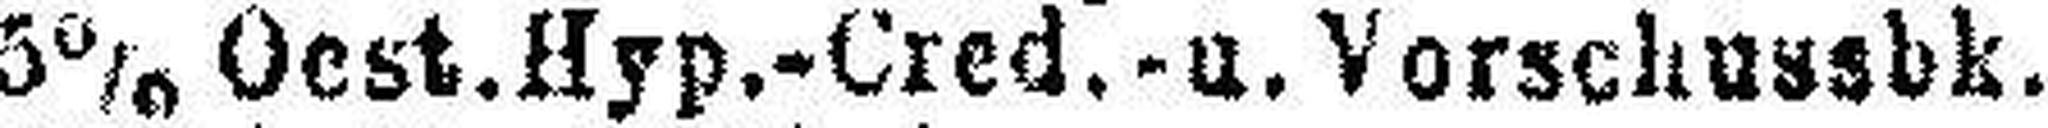
5% Oest.Hyp.-Cred.-u. Vorschussbk.